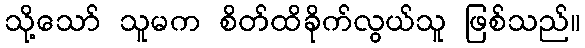
သို့သော် သူမက စိတ်ထိခိုက်လွယ်သူ ဖြစ်သည်။